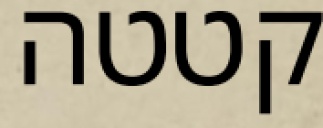
קטטה